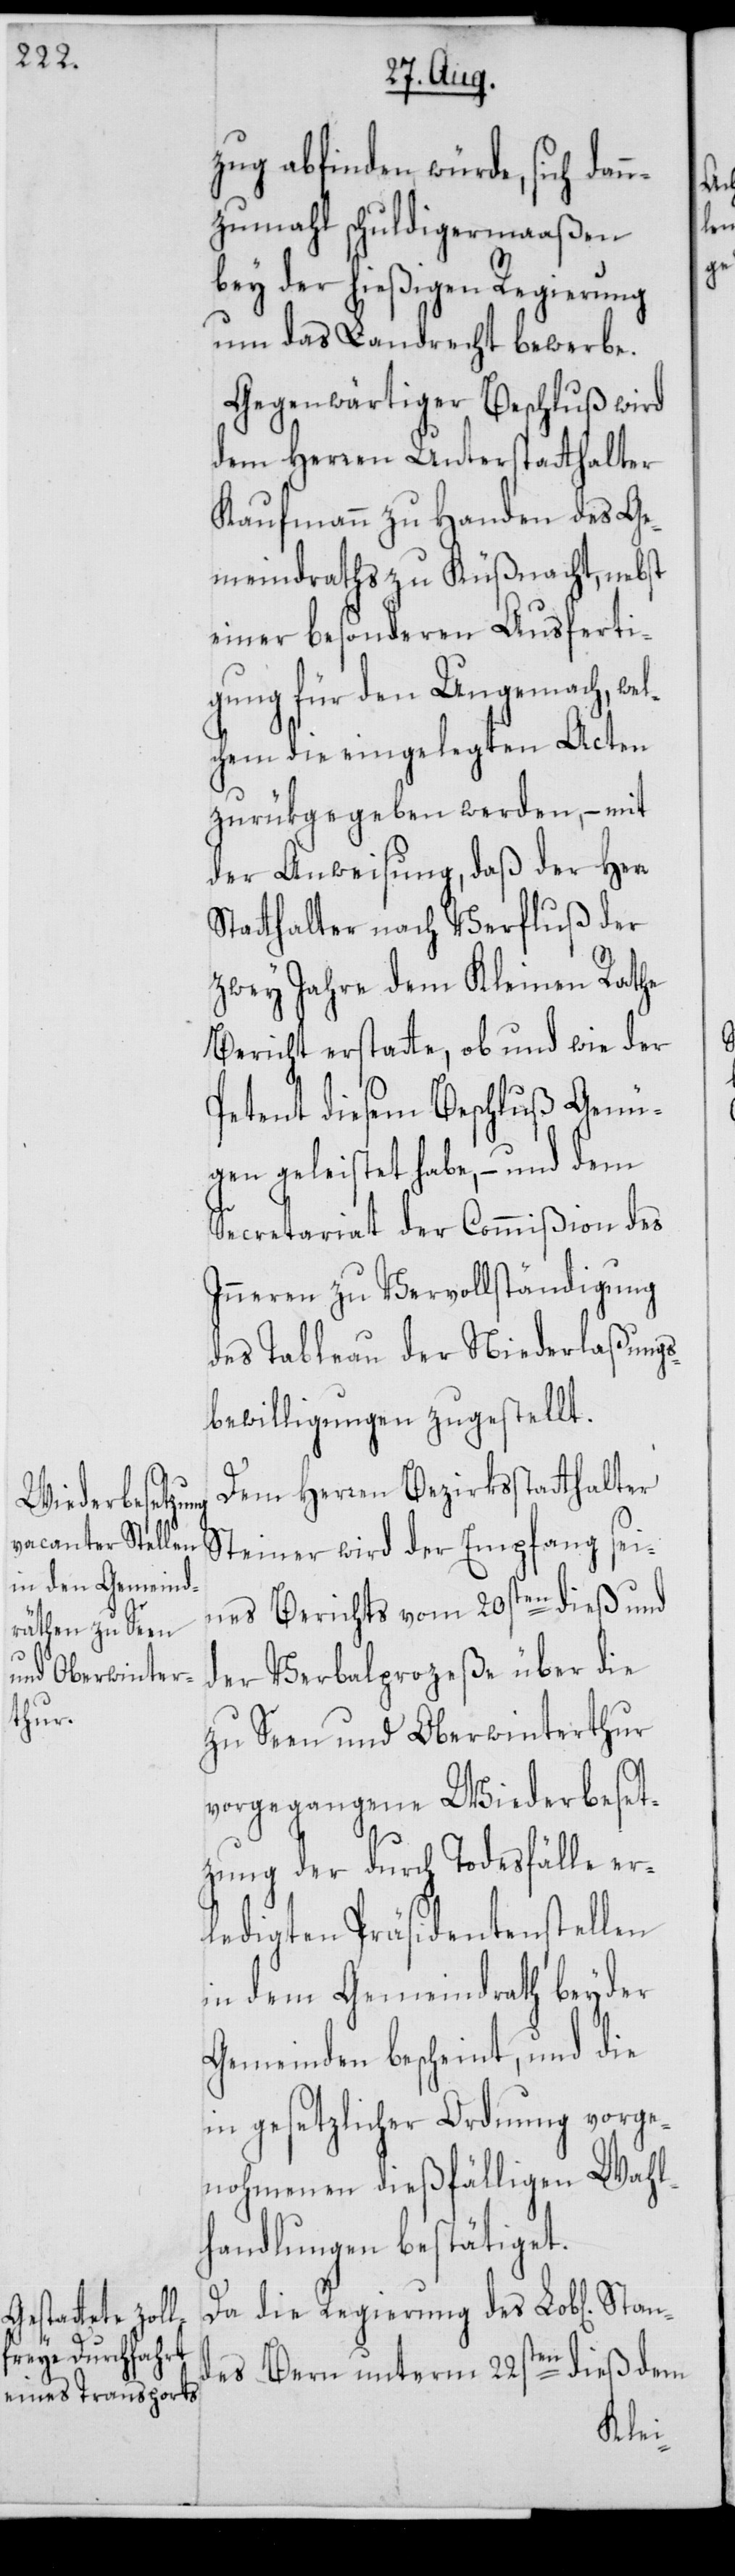
zug abfinden würde, sich dan¬
nzumahl schuldigermaaßen
bey der hießigen Regierung
um das Landrecht bewerbe.
Gegenwärtiger Beschluß wird
dem Herren Unterstatthalter
Kaufmann zu Handen des Ge¬
meindraths zu Küßnacht, nebst
einer besonderen Ausferti¬
gung für den Ungemach, wel¬
chem die eingelegten Acten
zurükgegeben werden, – mit
der Anweisung, daß der Herr
Statthalter nach Verfluß der
zwey Jahre dem Kleinen Rathe
Bericht erstatte, ob und wie der
Petent diesem Beschluß Genü¬
gen geleistet habe, – und dem
Secretariat der Commißion des
Inneren zu Vervollständigung
des Tableau der Niederlaßungs¬
bewilligungen zugestellt.
Dem Herren Bezirksstatthalter
Steiner wird der Empfang sei¬
nes Berichts vom 20sten dieß und
der Verbalprozeße über die
zu Seen und Oberwinterthur
vorgegangene Wiederbeset¬
zung der durch Todesfälle er¬
ledigten Präsidentenstellen
in dem Gemeindrath beyder
Gemeinden bescheint, und die
in gesetzlicher Ordnung vorge¬
nohmenen dießfälligen Wahl¬
handlungen bestätiget.
Da die Regierung des Lob[lichen]
Stan¬
des Bern unterm 22sten dieß dem